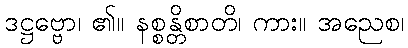
ဒဋ္ဌဗ္ဗော၊ ၏။ နစ္စန္တိစာတိ၊ ကား။ အညေစ၊